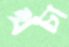
খচা